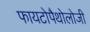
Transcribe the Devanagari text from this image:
फायटोपैथोलोजी